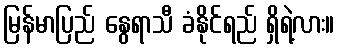
မြန်မာပြည် နွေရာသီ ခံနိုင်ရည် ရှိရဲ့လား။